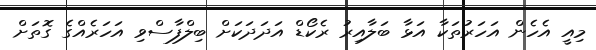
މިއީ އެހެން އަހަރުތަކާ އަޅާ ބަލާއިރު ރެކޯޑް އަދަދަކަށް ބިލްފާސްވި އަހަރެއްގެ ގޮތަށް